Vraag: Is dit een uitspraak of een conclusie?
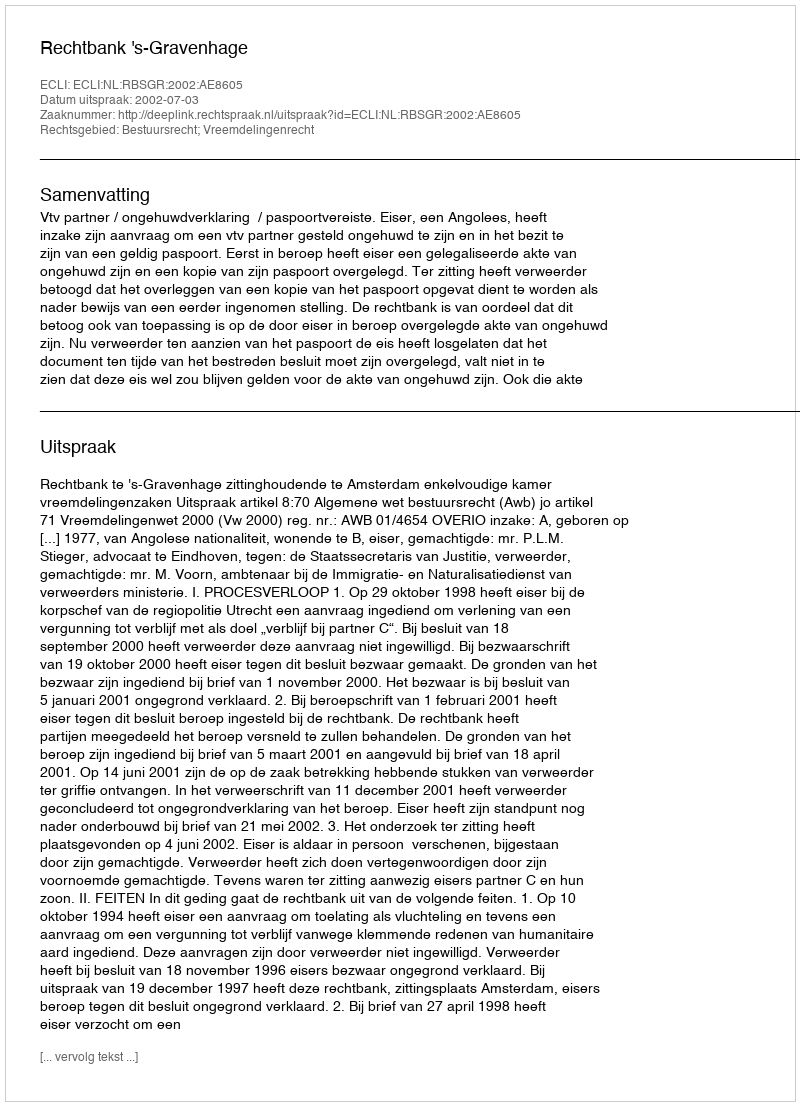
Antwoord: Uitspraak